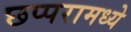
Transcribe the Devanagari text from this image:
छप्परामध्ये